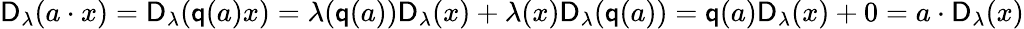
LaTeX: \begin{array}{r}{\mathsf{D}_{\lambda}(a\cdot x)=\mathsf{D}_{\lambda}(\mathsf{q}(a)x)=\lambda(\mathsf{q}(a))\mathsf{D}_{\lambda}(x)+\lambda(x)\mathsf{D}_{\lambda}(\mathsf{q}(a))=\mathsf{q}(a)\mathsf{D}_{\lambda}(x)+0=a\cdot\mathsf{D}_{\lambda}(x)}\end{array}